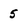
Character: 5